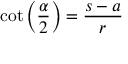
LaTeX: \cot \left( { \frac { \alpha } { 2 } } \right) = { \frac { s - a } { r } }